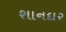
શાનદાર